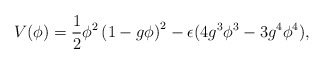
\begin{align*}V (\phi) = {1 \over 2} \phi^2 \left(1 - g\phi\right)^2- \epsilon (4 g^3 \phi^3 - 3 g^4 \phi^4) ,\end{align*}